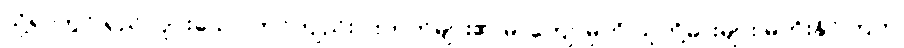
သို့ရာတွင် ရှည်လျားသော တင်ကျည်းဝါးတုတ်များ၏ မာကျောမှုကို သူတို့ဓားများ မတိုးနိုင်ကြဘဲ